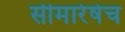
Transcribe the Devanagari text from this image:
सीमारेषेच